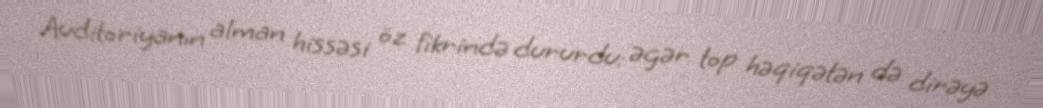
Auditoriyanın alman hissəsi öz fikrində dururdu: əgər top həqiqətən də dirəyə